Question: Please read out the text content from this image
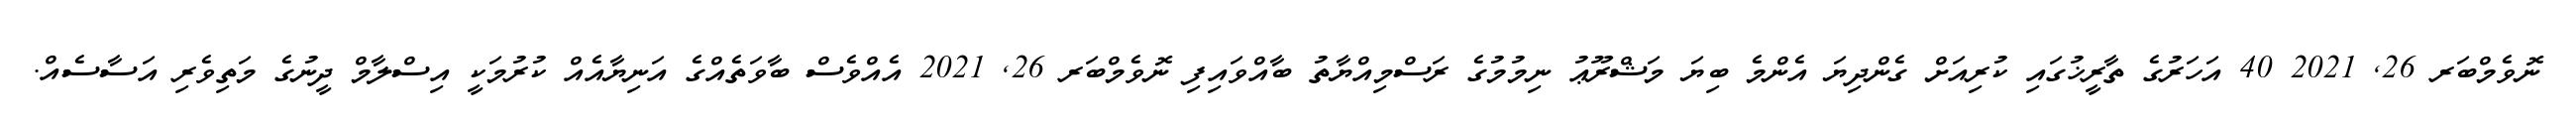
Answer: ނޮވެމްބަރ 26, 2021 40 އަހަރުގެ ތާރީޚުގައި ކުރިއަށް ގެންދިޔަ އެންމެ ބިޔަ މަޝްރޫޢު ނިމުމުގެ ރަސްމިއްޔާތު ބާއްވައިފި ނޮވެމްބަރ 26, 2021 އެއްވެސް ބާވަތެއްގެ އަނިޔާއެއް ކުރުމަކީ އިސްލާމް ދީނުގެ މަތިވެރި އަސާސެއް.